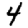
Digit: 4